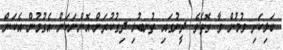
ބަލިކަށި ވުމުން ވާ ގޮތެވެ. ދީނުގައި ތުނބުޅި ދިގުކުރަން އޮންނަކަން އެގުމުން އެކަން